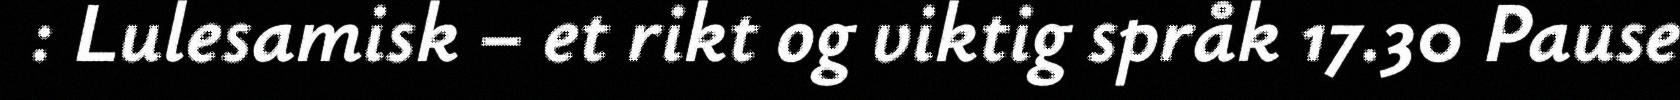
: Lulesamisk – et rikt og viktig språk 17.30 Pause